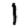
Digit: 1